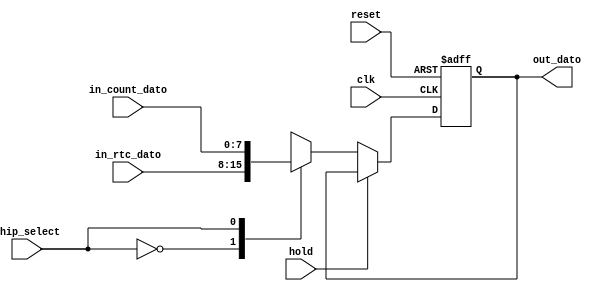
`timescale 1ns / 1ps
//////////////////////////////////////////////////////////////////////////////////
// Company: 
// Engineer: 
// 
// Design Name: 
// Module Name:    Registro_universal 
// Project Name: 
// Target Devices: 
// Tool versions: 
// Description: 
//
// Dependencies: 
//
// Revision: 
// Revision 0.01 - File Created
// Additional Comments: 
//
//////////////////////////////////////////////////////////////////////////////////
module Registro_Universal
#(parameter N = 8) //Nmero de bits y cdigo de decodificado para habilitar el registro
(
	input wire hold,
	input wire [N-1:0]in_rtc_dato,
	input wire [N-1:0]in_count_dato,
	input wire clk, //system clock
	input wire reset, //system reset
	input wire chip_select, //Control data
	output wire [N-1:0]out_dato
);
reg [N-1:0]reg_dato;
reg [N-1:0]next_dato;

//Secuencial
always@(negedge clk, posedge reset)
begin
	if(reset) reg_dato <= 0;
	else reg_dato <= next_dato;
end

//Combinacional
always@*
	begin
	if (~hold) begin
	case(chip_select)
	1'b0: next_dato = in_rtc_dato;
	1'b1: next_dato = in_count_dato;
	endcase
	end
	else next_dato = reg_dato;
	end

assign out_dato = reg_dato;

endmodule